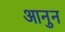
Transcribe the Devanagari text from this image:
आनुन